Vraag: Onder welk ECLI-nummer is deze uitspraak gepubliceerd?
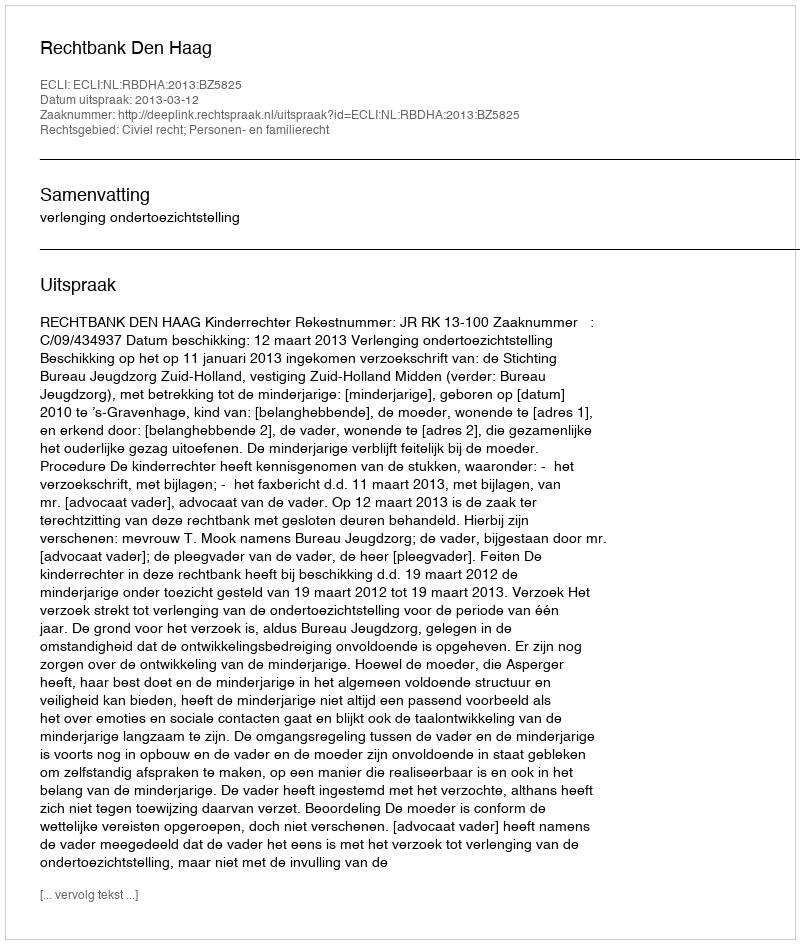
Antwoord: ECLI:NL:RBDHA:2013:BZ5825